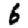
Digit: 6